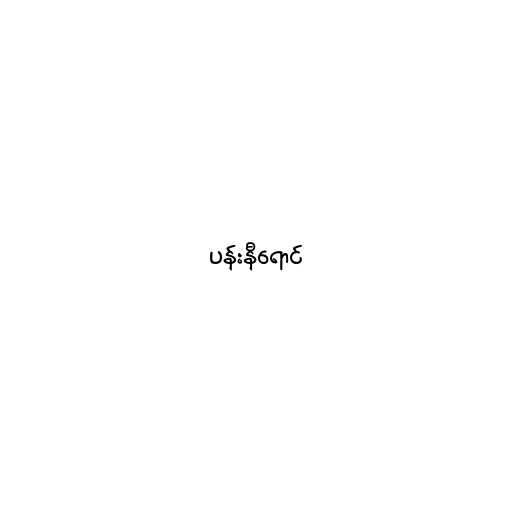
ပန်းနီရောင်